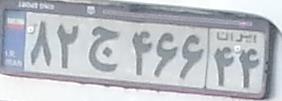
۸۲ج۴۶۶۴۴